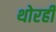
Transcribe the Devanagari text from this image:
थोरही